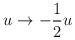
LaTeX: \begin{align*}u \rightarrow - \frac{1}{2} u\end{align*}